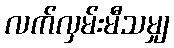
လက်လှမ်းမီသမျှ